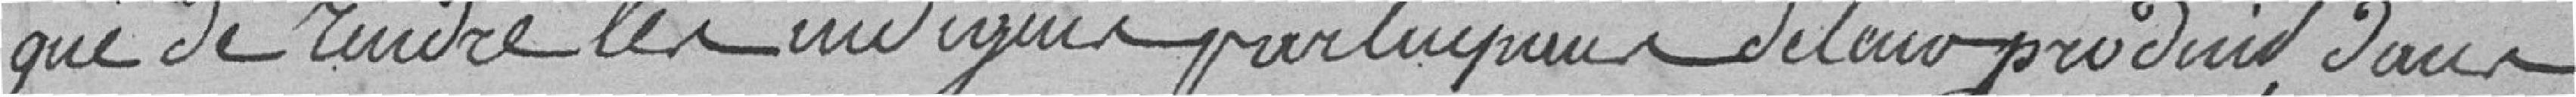
que de rendre les indigues ??? participaux ?? de leur produit, dans